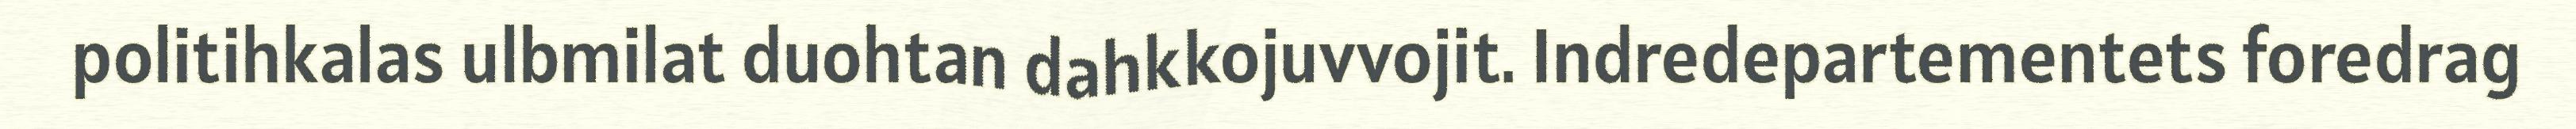
politihkalas ulbmilat duohtan dahkkojuvvojit. Indredepartementets foredrag